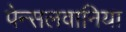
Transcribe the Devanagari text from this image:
पेन्सलवानिया